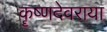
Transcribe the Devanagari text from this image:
कॄष्णदेवराया